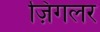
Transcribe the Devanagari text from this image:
ज़िगलर